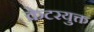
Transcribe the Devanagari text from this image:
क्रेटरयुक्त